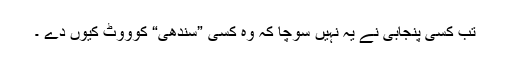
تب کسی پنجابی نے یہ نہیں سوچا کہ وہ کسی ”سندھی“ کوووٹ کیوں دے ۔